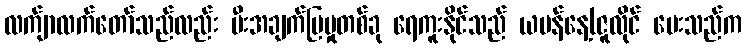
လက်ျာလက်တော်သည်လည်း မီးအချက်ပြမှုတစ်ခု ရေကူးနိုင်သည် ယမန်နေ့(ဇူလိုင် ပေးသည်က